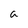
Character: a